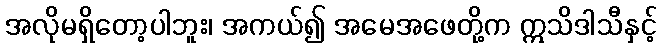
အလိုမရှိတော့ပါဘူး၊ အကယ်၍ အမေအဖေတို့က ဣသိဒါသီနှင့်